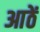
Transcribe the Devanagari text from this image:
आठें